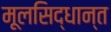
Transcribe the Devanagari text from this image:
मूलसिद्धान्त